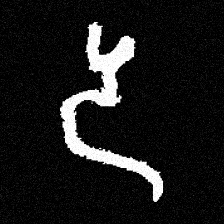
Pyu character \u2014 Myanmar letter: ဒ (romanized: da)